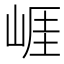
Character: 崕